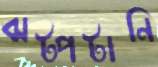
ঝট্‌পটানি